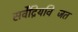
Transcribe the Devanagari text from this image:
सर्वेंद्रियविजिंत